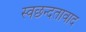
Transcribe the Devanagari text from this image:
स्वछन्दतावाद